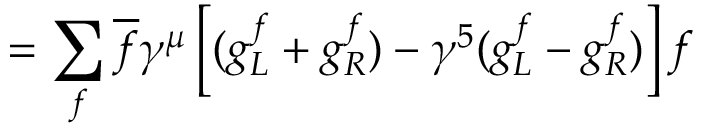
= \sum _ { f } \overline { { f } } \gamma ^ { \mu } \left[ ( g _ { L } ^ { f } + g _ { R } ^ { f } ) - \gamma ^ { 5 } ( g _ { L } ^ { f } - g _ { R } ^ { f } ) \right] f